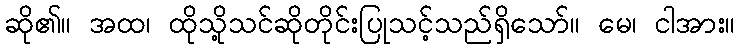
ဆို၏။ အထ၊ ထိုသို့သင်ဆိုတိုင်းပြုသင့်သည်ရှိသော်။ မေ၊ ငါအား။